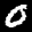
Label: 0